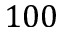
1 0 0